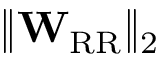
\lVert \mathbf { W } _ { \mathrm { R R } } \rVert _ { 2 }